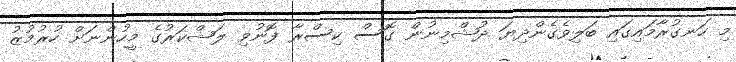
މި ހަނގުރާމައިގައި ބަލިވެގެންދިޔަ ދުޝްމިނުން ގޮސް ކިސްރާ ފޮނުވި ލަޝްކަރުގެ މީހުންނަށް ހުރުމުޒު